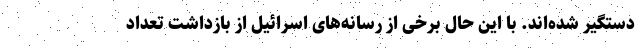
دستگیر شده‌اند. با این حال برخی از رسانه‌های اسرائیل از بازداشت تعداد